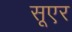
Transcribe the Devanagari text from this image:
सूएर